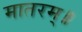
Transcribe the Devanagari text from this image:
मातरम्॥